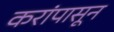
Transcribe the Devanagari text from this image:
करांपासून